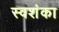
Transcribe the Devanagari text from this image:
स्वशंका